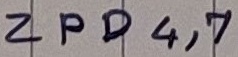
Text: ZPD4,7